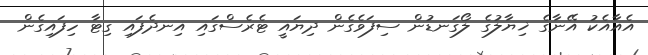
އެއާއެކު އޭނާގެ ޚިޔާލުގެ ލޯގަނޑުން ސިފަވެގެން ދިޔައީ ޓެރެސްގައި އިނދެފައި ގިޓާ ހިފައިގެން